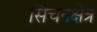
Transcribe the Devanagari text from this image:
सिंचनक्षेत्र